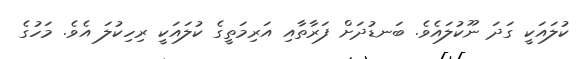
ކުލައަކީ ގަދަ ނޫކުލައެވެ. ބަނޑުދަށް ފަރާތާއި އަރިމަތީގެ ކުލައަކީ ރިހިކުލަ އެވެ. މަހުގެ